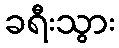
ခရီးသွား